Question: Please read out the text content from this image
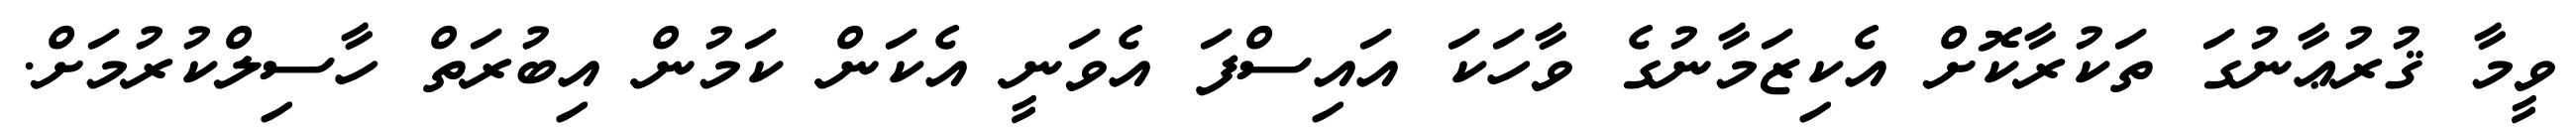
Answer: ވީމާ ޤުރުޢާނުގަ ތަކުރާކޮށް އެކިޒަމާނުގެ ވާހަކަ އައިސްފަ އެވަނީ އެކަން ކަމުން އިބުރަތް ހާސިލްކުރުމަށް.